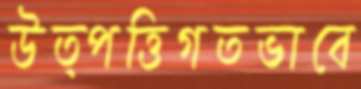
উত্পত্তিগতভাবে